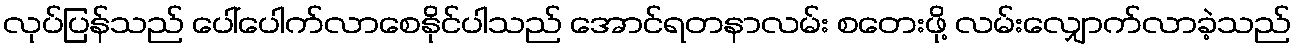
လုပ်ပြန်သည် ပေါ်ပေါက်လာစေနိုင်ပါသည် အောင်ရတနာလမ်း စတေးဖို့ လမ်းလျှောက်လာခဲ့သည်